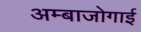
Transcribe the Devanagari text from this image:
अम्बाजोगाई